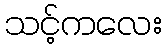
သင့်ကလေး